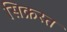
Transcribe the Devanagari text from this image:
सिक्रस्त